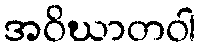
အဝိဃာတဝါ